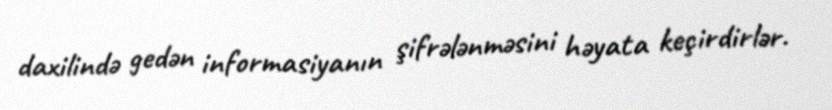
daxilində gedən informasiyanın şifrələnməsini həyata keçirdirlər.